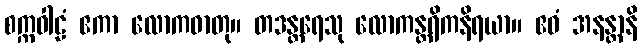
စက္ကဝါဠံ ဧကာ လောကဓာတု။ တဒန္တရေသု လောကန္တရိကနိရယာ။ ဧဝံ အနန္တာနိ